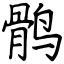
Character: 鹘